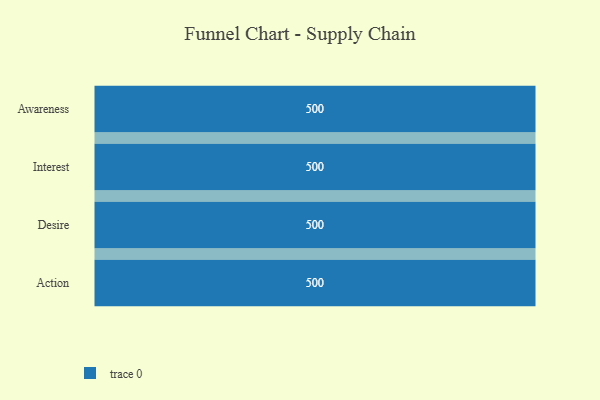
{"axis": {"x": "Stage", "y": "Value"}, "legend": [""], "data": [{"x": "Awareness", "y": 500, "type": ""}, {"x": "Interest", "y": 500, "type": ""}, {"x": "Desire", "y": 500, "type": ""}, {"x": "Action", "y": 500, "type": ""}]}